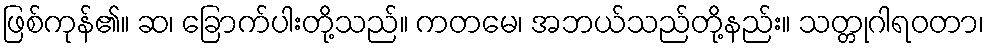
ဖြစ်ကုန်၏။ ဆ၊ ခြောက်ပါးတို့သည်။ ကတမေ၊ အဘယ်သည်တို့နည်း။ သတ္တုဂါရဝတာ၊